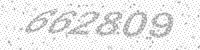
Solution: 662809